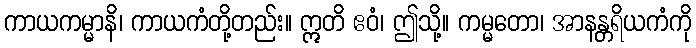
ကာယကမ္မာနိ၊ ကာယကံတို့တည်း။ ဣတိ ဧဝံ၊ ဤသို့။ ကမ္မတော၊ အာနန္တရိယကံကို